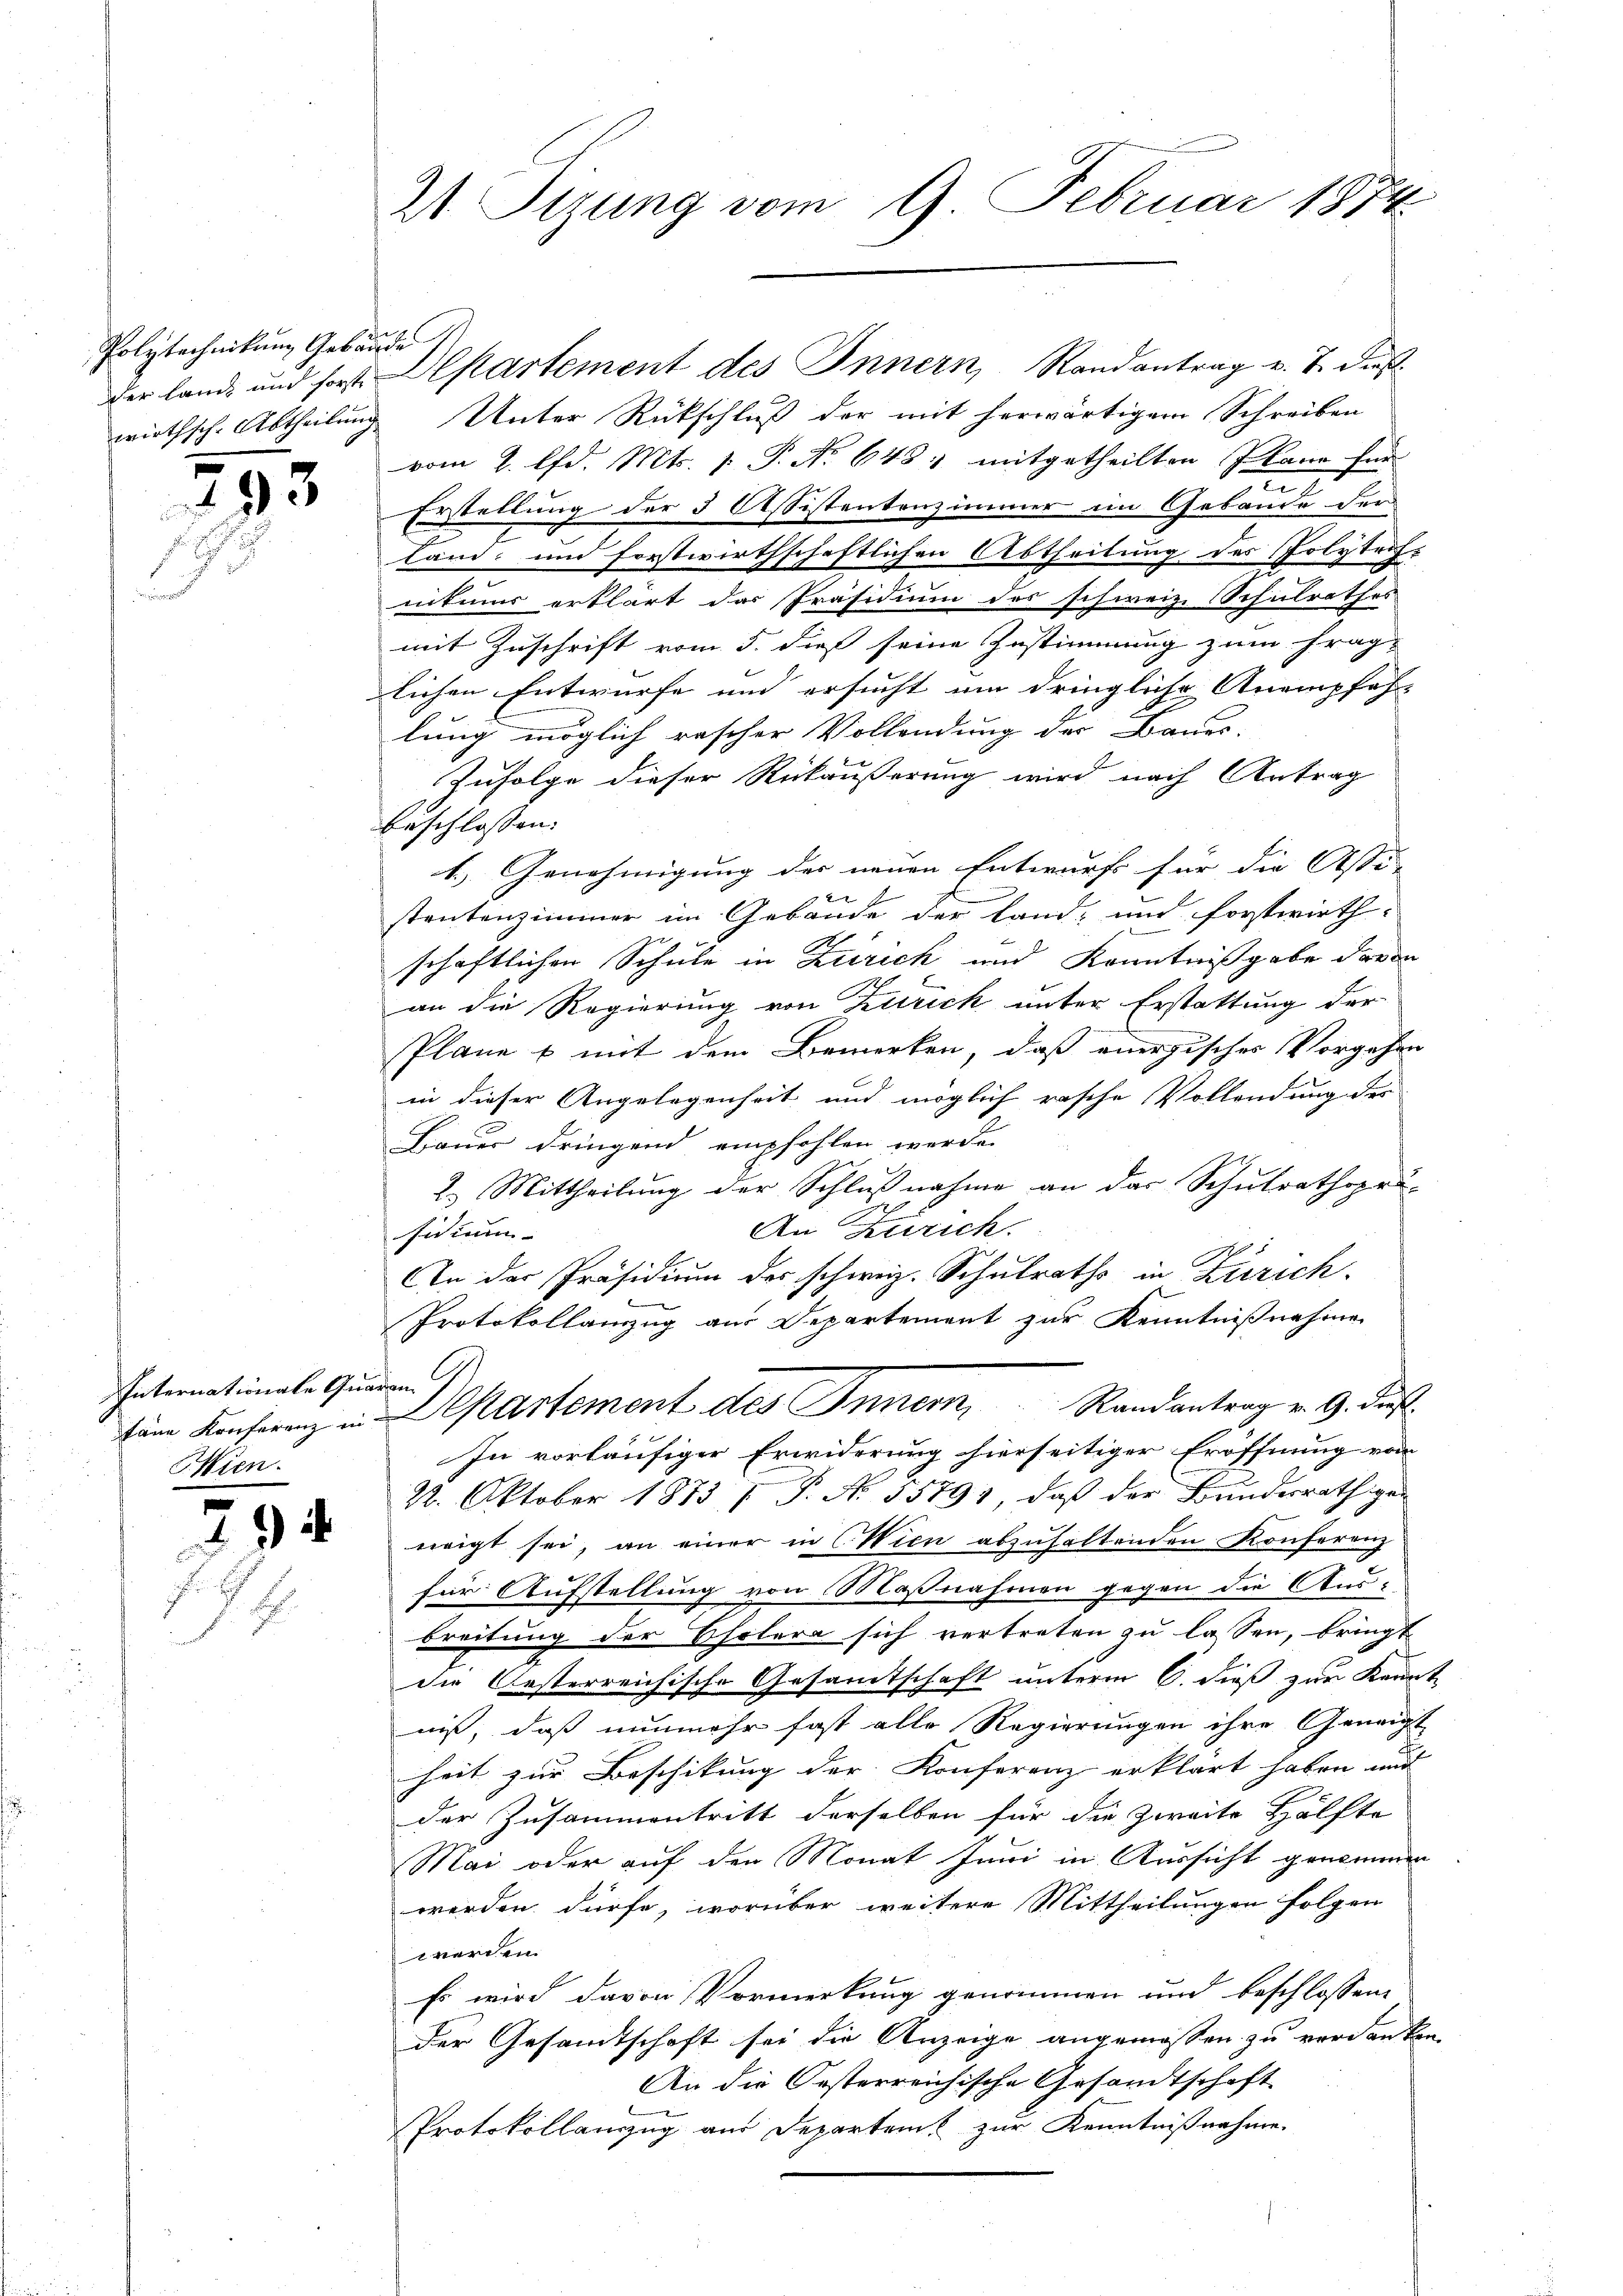
Polytechnikum Gebäude

.

E
.

93

Internationale Quaran
Mien.

294

21 Tizung vom 9. Februar 1874.

der lande und fort Departement des Innern, Randantrag v. 7. dießwirthsche Abtheilung Unter Rückschluß der mit herwärtigem Schreiben
vom 2. lfd. Mts. p. P. No 648, mitgetheilten Plane für
Erstellung der 3 Assistentenzimmer im Gebäude der
land und forstwirthschaftlichen Abtheilung des Polytechnikums erklärt das Präsidium des schweiz. Schulrathes
mit Zuschrift vom 5. dieß seine Zustimmung zum Frag-
lichen Entwurfe und ersucht um dringliche Anempfehlung möglich rascher Vollendung der Baues-
Zufolge dieser Rückäußerung wird nach Antrag
beschlossen: |
1.) Genehmigung des neuen Entwurf für die Assi- |
stantenzimmer im Gebäude der Land- und forstwirth-
schaftlichen Schule in Zürich und Kenntnißgabe davon
an die Regierung von Zürich unter Erstattung der
Pläne & mit dem Bemerken, daß energisches Vorgehen
in dieser Angelegenheit und möglich rasche Vollendung des
Bauer dringend empfohlen werde.
2.) Mittheilung der Schlußnahme an der Schulrathspro-
An Zürich.
sidium
An der Präsidium des schweiz. Schulraths in Zürich
Protokollamzug aus Departement zur Kenntnißnahme
tem Konferenz in Departement des Inner, Randantrag v. 9. daß
In vorläufiger Erwiderung hierseitiger Eröffnung vom
22. Oktober 1873 (P. Nr. 35791, daß der Bundesräthigen
neigt sei, an einer in Wien abzuhaltenden Konferenz
für Aufstellung von Maßnahmen gegen die Aus
breitung der Cholera sich vertreten zu lassen, bringt
die Oesterreichische Gesamtschaft unterm 6. dieß zur Kenn
niß, daß nunmehr fast alle Regierungen ihre Geneigt
heit zur Beschikung der Konferenz erklärt haben und
der Zusammentritt derselben für die Zweite Hälfte
Mai oder auf den Monat Juni in Aussicht genommen
werden dürfe, worüber weitere Mittheilungen folgen
werden.
Es wird davon Vormerkung genommen und beschlossene
der Gesandtschaft sei die Anzeige angemessen zu verdanken
An die Oesterreichische Gesandtschaft
Protokollanzug aus Departent zur Kenntnißnahme.